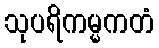
သုပရိကမ္မကတံ